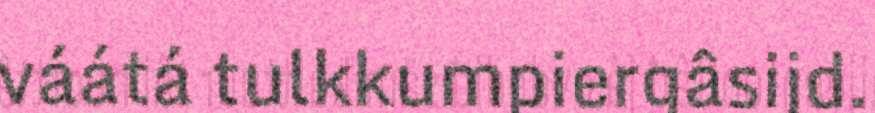
váátá tulkkumpiergâsijd.